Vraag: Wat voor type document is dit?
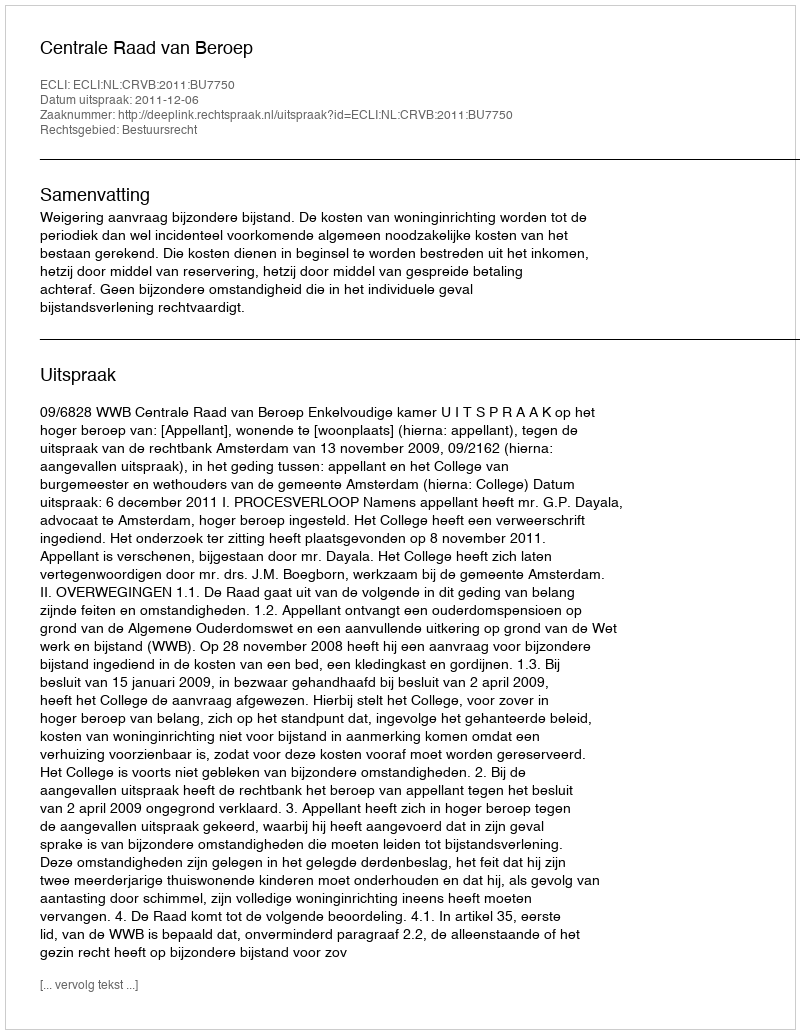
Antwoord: Uitspraak